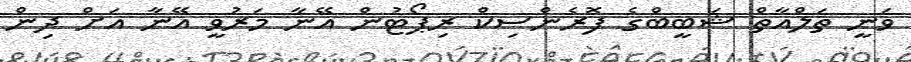
ވަނީ ތަލްއާތް ޝަބީބްގެ ފޮރެންސިކް ރިޕޯޓުން އޭނާ މަރުވީ އޭނާ އަށް ދިން